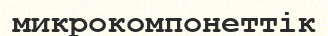
микрокомпонеттік